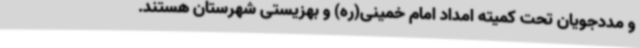
و مددجویان تحت کمیته امداد امام خمینی(ره) و بهزیستی شهرستان هستند.